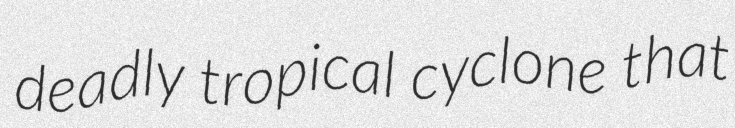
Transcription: deadly tropical cyclone that